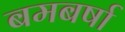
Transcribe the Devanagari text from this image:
बमबर्षा